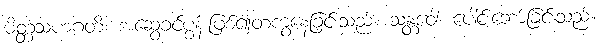
မိတ္တံသဟဂတိ၊ အဆွေခင်ပွန်းဖြစ်၍တကွနေခြင်းသည်။ သန္တဝေါ၊ ပေါင်းဘော်ခြင်းသည်။